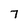
Character: 7